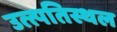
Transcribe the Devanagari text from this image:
उत्त्पतिस्थल